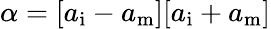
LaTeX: \alpha=[a_{\mathrm{i}}-a_{\mathrm{m}}][a_{\mathrm{i}}+a_{\mathrm{m}}]